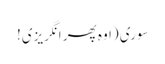
سوری (اوہ پھر انگریزی!